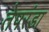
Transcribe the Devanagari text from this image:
तेपरंडा